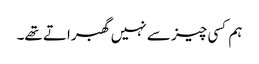
ہم کسی چیز سے نہیں گھبراتے تھے۔